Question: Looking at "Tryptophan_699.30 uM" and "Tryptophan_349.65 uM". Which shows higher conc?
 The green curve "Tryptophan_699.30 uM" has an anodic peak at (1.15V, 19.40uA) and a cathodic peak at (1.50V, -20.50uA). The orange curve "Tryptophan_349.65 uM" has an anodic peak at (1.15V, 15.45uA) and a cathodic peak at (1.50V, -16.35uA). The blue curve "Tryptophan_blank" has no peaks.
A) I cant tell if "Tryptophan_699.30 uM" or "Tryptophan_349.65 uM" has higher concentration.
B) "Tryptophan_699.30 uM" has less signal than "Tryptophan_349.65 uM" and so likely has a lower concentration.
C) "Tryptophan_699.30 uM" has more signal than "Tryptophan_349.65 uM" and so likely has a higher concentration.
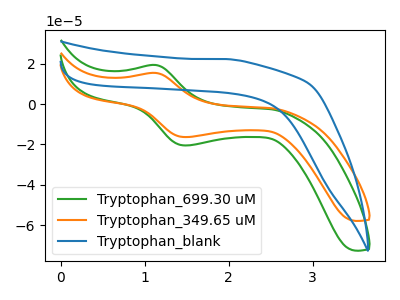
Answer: <think>All the peaks in "Tryptophan_699.30 uM" have a peak in "Tryptophan_349.65 uM" at the same potential. Every peak in "Tryptophan_699.30 uM" is higher than every peak in "Tryptophan_349.65 uM".
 </think>
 <answer>C) "Tryptophan_699.30 uM" has more signal than "Tryptophan_349.65 uM" and so likely has a higher concentration.</answer>
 <eval>C</eval>